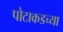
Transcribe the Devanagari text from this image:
पोटाकडच्या